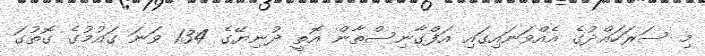
މި ސަރަހައްދުގެ އެއްވަނައިގައި އަފްގާނިސްތާން އޮތީ ދުނިޔޭގެ 134 ވަނަ ގައުމުގެ ގޮތުގަ